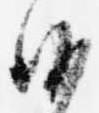
沙